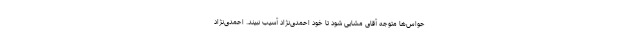
حواس‌ها متوجه آقای مشایی شود تا خود احمدی‌نژاد آسیب نبیند. احمدی‌نژاد